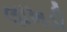
લાખડી